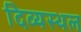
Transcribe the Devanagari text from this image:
दिव्यस्थल